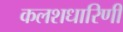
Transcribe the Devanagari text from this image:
कलशधारिणी